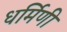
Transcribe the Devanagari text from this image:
धर्मिणी